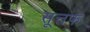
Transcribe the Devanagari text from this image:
सूत्तफ